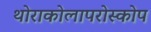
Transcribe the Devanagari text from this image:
थोराकोलापरोस्कोप